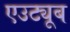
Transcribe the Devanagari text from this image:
एउट्यूब